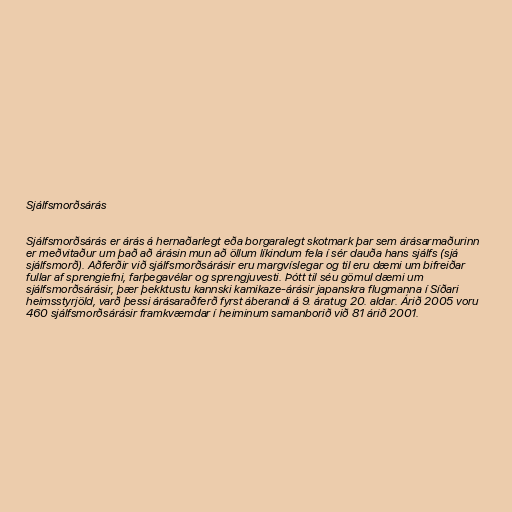
Sjálfsmorðsárás

Sjálfsmorðsárás er árás á hernaðarlegt eða borgaralegt skotmark þar sem árásarmaðurinn
er meðvitaður um það að árásin mun að öllum líkindum fela í sér dauða hans sjálfs (sjá
sjálfsmorð). Aðferðir við sjálfsmorðsárásir eru margvíslegar og til eru dæmi um bifreiðar
fullar af sprengiefni, farþegavélar og sprengjuvesti. Þótt til séu gömul dæmi um
sjálfsmorðsárásir, þær þekktustu kannski kamikaze-árásir japanskra flugmanna í Síðari
heimsstyrjöld, varð þessi árásaraðferð fyrst áberandi á 9. áratug 20. aldar. Árið 2005 voru
460 sjálfsmorðsárásir framkvæmdar í heiminum samanborið við 81 árið 2001.